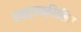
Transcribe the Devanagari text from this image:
हाइड्राक्सिलित